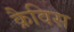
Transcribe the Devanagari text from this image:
क्रैविस